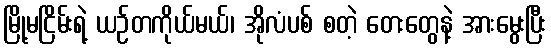
မြို့မငြိမ်းရဲ့ ယဉ်တကိုယ်မယ်၊ အိုလံပစ် စတဲ့ တေးတွေနဲ့ အားမွေးပြီး